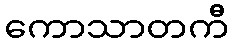
ကောသာတကီ